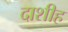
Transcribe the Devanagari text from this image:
दाशीह